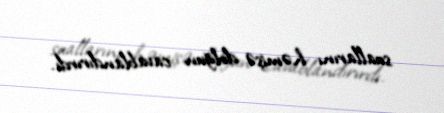
suallarını həmişə dolğun cavablandırırdı.